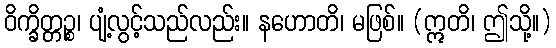
ဝိက္ခိတ္တဉ္စ၊ ပျံ့လွင့်သည်လည်း။ နဟောတိ၊ မဖြစ်။ (ဣတိ၊ ဤသို့။)